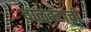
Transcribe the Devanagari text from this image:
वाळवंटाची